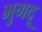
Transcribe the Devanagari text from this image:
भुगदू